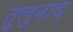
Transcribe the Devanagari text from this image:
तुलुनाद